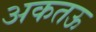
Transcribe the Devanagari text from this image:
अकतऊ